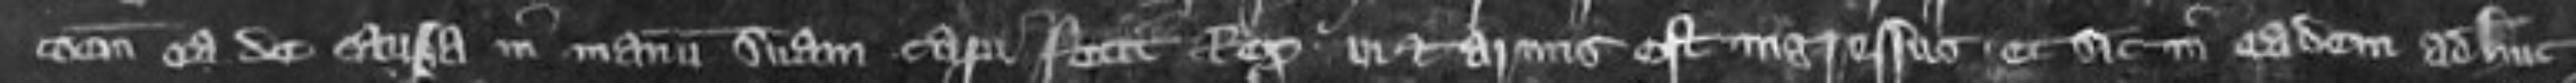
tionem ea de causa in manum suam capi fecit Rex vi et armis est ingressus et sit in eadem ad huc